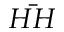
\bar { H H }